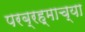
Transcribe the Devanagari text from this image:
परब्रह्माच्या